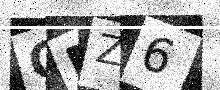
Text: OFZ6